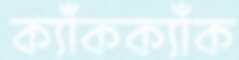
ক্যাঁকক্যাঁক